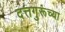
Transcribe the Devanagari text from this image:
दत्तगुरूंच्या